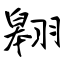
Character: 翱